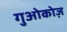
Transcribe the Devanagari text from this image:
गुओकोज़